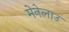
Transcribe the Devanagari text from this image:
मेनेलाउ